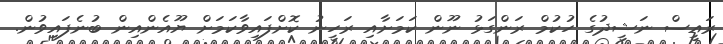
ރައީސް ނަޝީދުގެ ހުކުމް ރަންގަޅު ނޫން ކަމަށާއި ރަހީނު ކޮށްފައިވާކަމަށް ޔޫއެންއިން ބުނެފައިވުން.